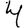
Digit: 4